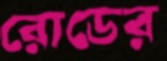
রোডের